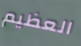
العظيم